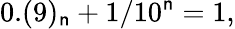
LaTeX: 0.(9)_{\mathsf{n}}+1/10^{\mathsf{n}}=1,